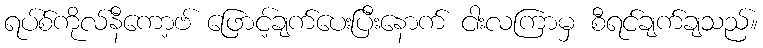
ရပ်စ်ကိုလ်နီကော့ဗ် ဖြောင့်ချက်ပေးပြီးနောက် ငါးလကြာမှ စီရင်ချက်ချသည်။